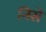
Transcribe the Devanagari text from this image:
निसे